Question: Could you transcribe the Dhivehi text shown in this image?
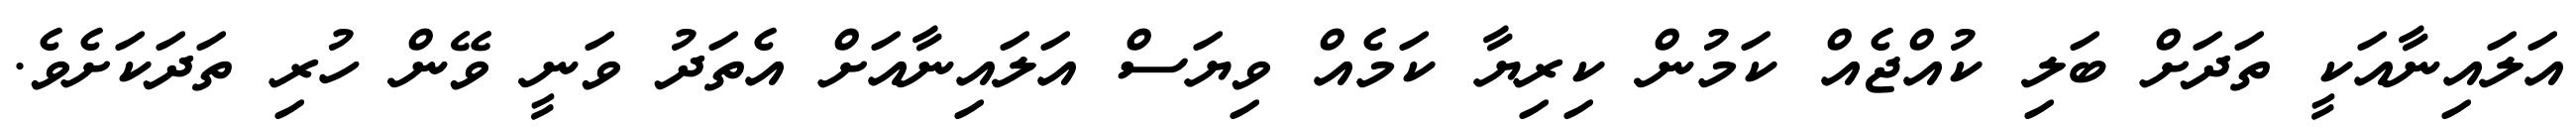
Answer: އަލައިނާއަކީ ތަދަށް ބަލި ކުއްޖެއް ކަމުން ކިރިޔާ ކަމެއް ވިޔަސް އަލައިނާއަށް އެތަދު ވަނީ ވޭން ހުރި ތަދަކަށެވެ.